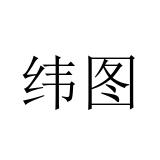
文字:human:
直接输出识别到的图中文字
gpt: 纬图